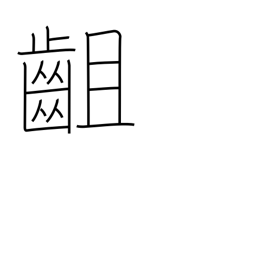
Meaning: disagree